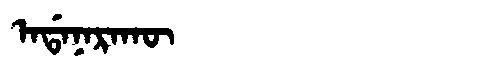
Manchu: ᠠᡩᠠᠨᠠᡵᠠᡴᡡ
Romanization: ADANARAKŪ